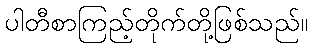
ပါတီစာကြည့်တိုက်တို့ဖြစ်သည်။